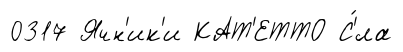
0317 Ячн'ик'и КАТ'ЕТТО С'́ла